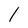
Character: l